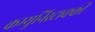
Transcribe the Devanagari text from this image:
कम्युनिस्टाक्की